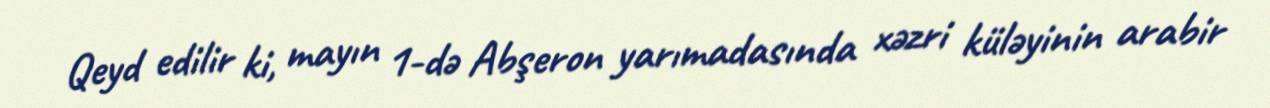
Qeyd edilir ki, mayın 1-də Abşeron yarımadasında xəzri küləyinin arabir